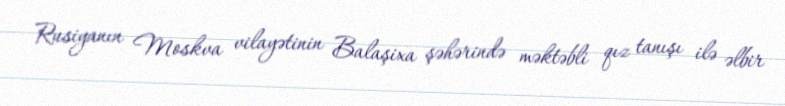
Rusiyanın Moskva vilayətinin Balaşixa şəhərində məktəbli qız tanışı ilə əlbir